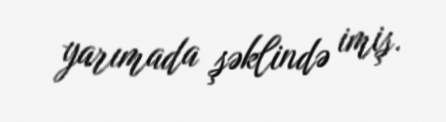
yarımada şəklində imiş.